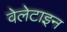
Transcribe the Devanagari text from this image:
वेलेटाइन